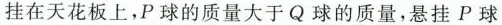
挂在天花板上，P球的质量大于Q球的质量，悬挂P球